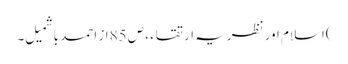
)اسلام اور نظریہ ارتقاء ، ص 85از احمد باشمیل ۔